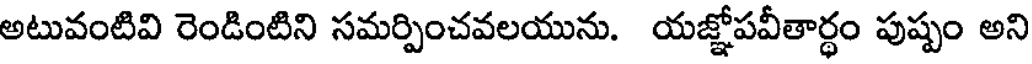
అటువంటివి రెండింటిని సమర్పించవలయును. యజ్ఞోపవీతార్థం పుష్పం అని